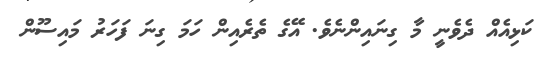
ކަޅިއެއް ދެވެނީ މާ ގިނައިންނެވެ. އޭގެ ތެރެއިން ހަމަ ގިނަ ފަހަރު މައިސޫން